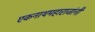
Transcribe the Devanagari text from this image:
एकनाथमहाराजांनी